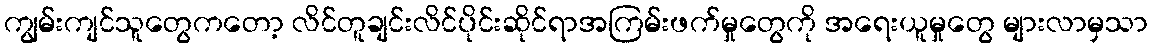
ကျွမ်းကျင်သူတွေကတော့ လိင်တူချင်းလိင်ပိုင်းဆိုင်ရာအကြမ်းဖက်မှုတွေကို အရေးယူမှုတွေ များလာမှသာ